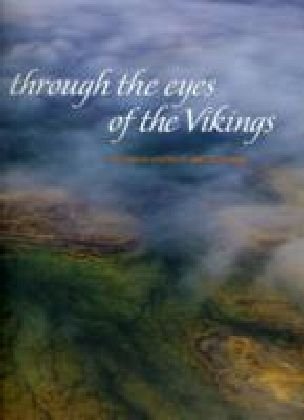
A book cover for Through the Eyes of the Vikings: An Aerial Vision of Arctic Lands; Robert Haas; Arts & Photography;